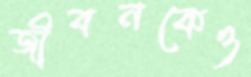
জীবনকেও